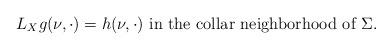
LaTeX: \begin{align*}L_X g (\nu, \cdot) = h(\nu, \cdot) \mbox{ in the collar neighborhood of } \Sigma. \end{align*}